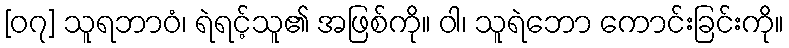
[၀၇] သူရဘာဝံ၊ ရဲရင့်သူ၏ အဖြစ်ကို။ ဝါ၊ သူရဲဘော ကောင်းခြင်းကို။